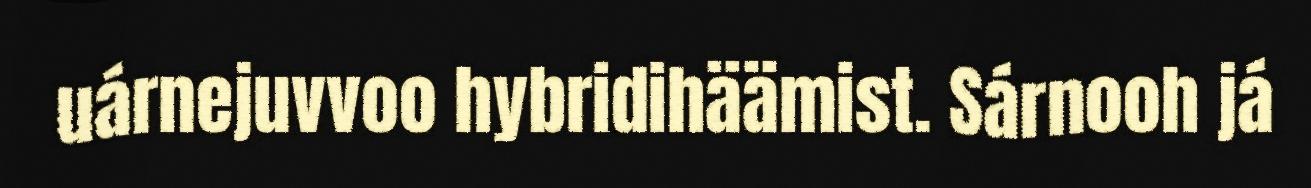
uárnejuvvoo hybridihäämist. Sárnooh já